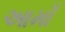
આમાઁ